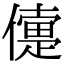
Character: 𠏴